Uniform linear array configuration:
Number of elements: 8
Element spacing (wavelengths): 0.25
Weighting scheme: kaiser
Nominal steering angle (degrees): -60
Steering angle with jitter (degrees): -59.554
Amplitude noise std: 0.05
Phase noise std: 0.05

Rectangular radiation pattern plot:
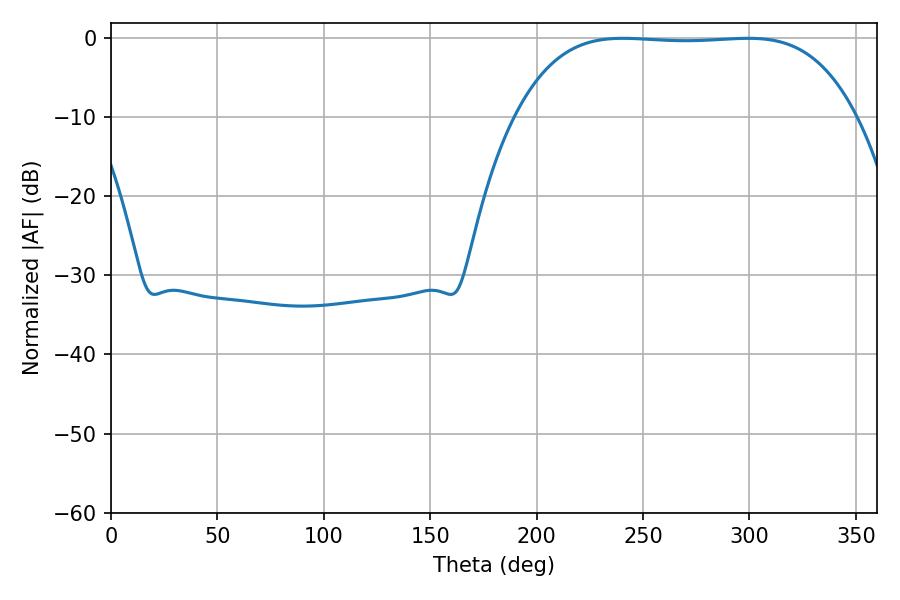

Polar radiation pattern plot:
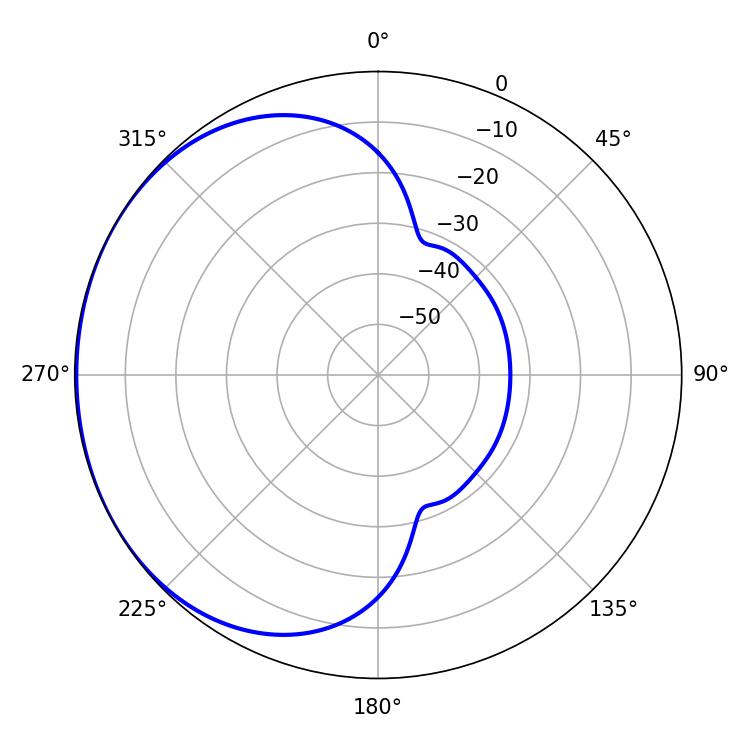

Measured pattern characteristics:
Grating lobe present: FALSE
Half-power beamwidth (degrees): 123.84
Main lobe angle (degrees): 240.48